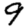
Digit: 9